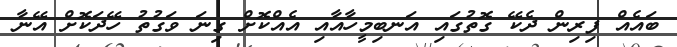
ބައެއް ފިރިން ދެކޭ ގޮތުގައި އަނބިމީހާއާއި އެއްކޮށް ގިނަ ވަގުތު ހޭދަކޮށް އޭނާ